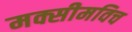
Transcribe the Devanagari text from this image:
मक्सीमविच